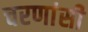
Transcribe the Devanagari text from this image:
चरणांसी